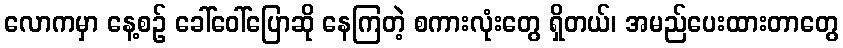
လောကမှာ နေ့စဉ် ခေါ်ဝေါ်ပြောဆို နေကြတဲ့ စကားလုံးတွေ ရှိတယ်၊ အမည်ပေးထားတာတွေ